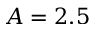
A = 2 . 5